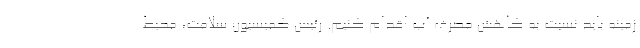
زمینه باید نسبت به کاهش مصرف آب اقدام کنیم. رئیس کمیسیون سلامت، محیط